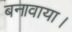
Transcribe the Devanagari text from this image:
बनावाया।